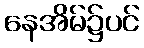
နေအိမ်၌ပင်